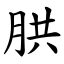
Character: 㬴